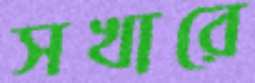
সখারে